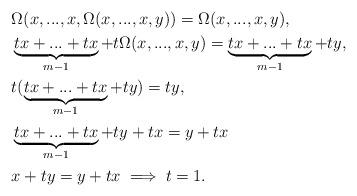
LaTeX: \begin{align*} &\Omega(x,...,x,\Omega(x,...,x,y))=\Omega(x,...,x,y),\\ &\underbrace{tx+...+tx}_{m-1}+t\Omega(x,...,x,y) = \underbrace{tx+...+tx}_{m-1}+ty, \\ &t(\underbrace{tx+...+tx}_{m-1}+ty) = ty,\\ &\underbrace{tx+...+tx}_{m-1}+ty + tx = y+tx\\ &x+ty = y+tx \implies t=1. \end{align*}